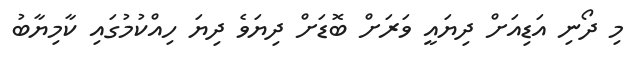
މި ދޯނި އަޑިއަށް ދިޔައީ ވަރަށް ބޮޑަށް ދިޔަވެ ދިޔަ ހިއްކުމުގައި ކާމިޔާބު